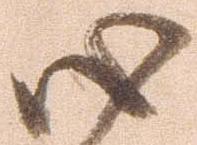
心